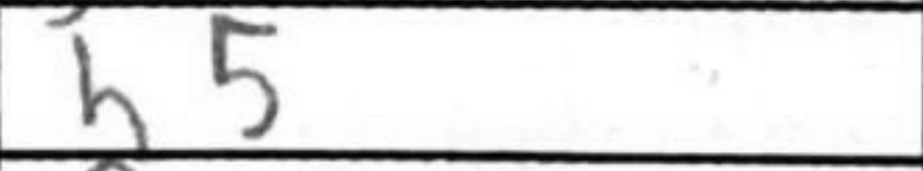
Transcription: b5